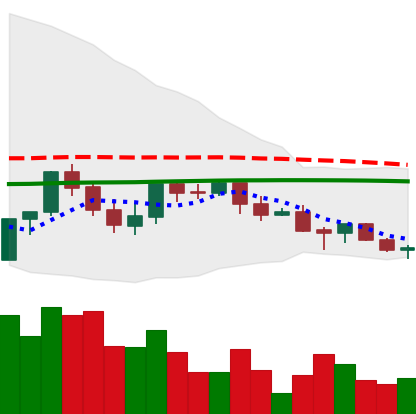
Ticker: LINK-USD
Chart end date: 2021-06-12
Forward return: 7.702%
Label: up_7plus